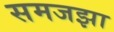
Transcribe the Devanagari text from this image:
समजझा